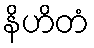
နိဟိတံ